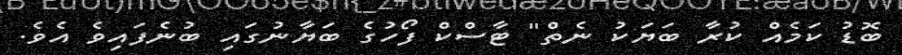
ބޮޑު ކަމެއް ކުރާ ބަޔަކު ނެތް" ޓާސްކް ފޯހުގެ ބަޔާނުގައި ބުނެފައިވެ އެވެ.